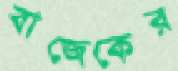
বাজেকের